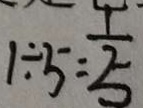
1 \div 5 = \frac { 1 } { 5 }